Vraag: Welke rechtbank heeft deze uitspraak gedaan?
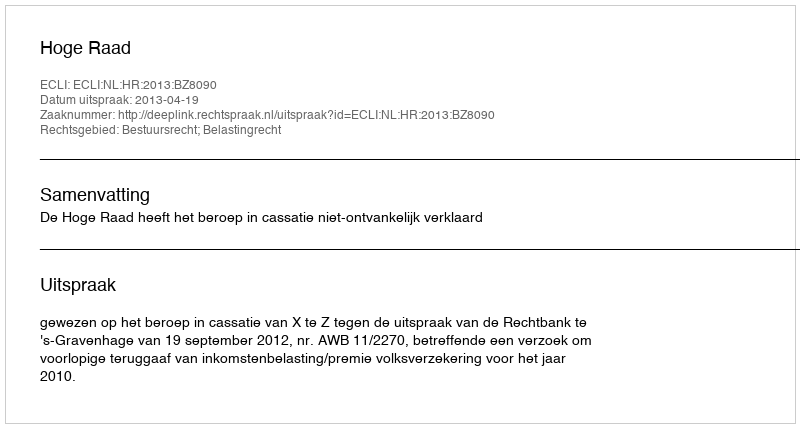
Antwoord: Hoge Raad